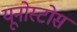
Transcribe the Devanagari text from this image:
यूनोस्टोस